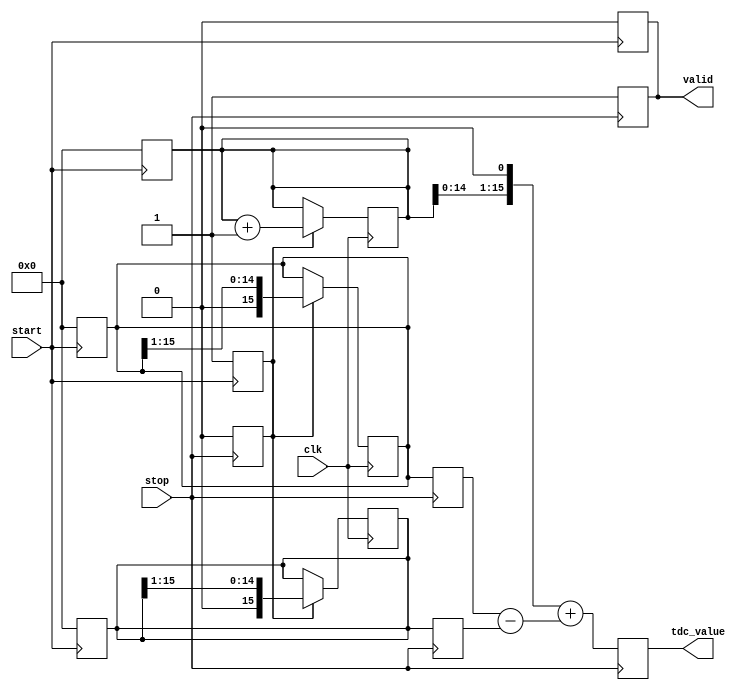
module Time_to_Digital_Converter (
    input wire clk,               // System clock
    input wire start,             // Start signal
    input wire stop,              // Stop signal
    output reg [15:0] tdc_value,  // Digital output representing time interval
    output reg valid              // Indicates valid output
);

    // Parameters for delay lines
    parameter DELAY_A = 10;      // Delay for line A
    parameter DELAY_B = 9;       // Delay for line B
    parameter NUM_STAGES = 16;   // Number of delay stages

    // Internal signals
    reg [NUM_STAGES-1:0] delay_line_a; // Delay line A states
    reg [NUM_STAGES-1:0] delay_line_b; // Delay line B states
    reg [15:0] count;             // Cycle counter
    reg measuring;                // Measuring flag
    reg [15:0] delay_count_a;     // Count for delay line A
    reg [15:0] delay_count_b;     // Count for delay line B

    // Delay lines implementation
    always @(posedge clk) begin
        if (measuring) begin
            // Increment the delay lines during measurement
            delay_line_a <= {1'b0, delay_line_a[NUM_STAGES-1:1]};
            delay_line_b <= {1'b0, delay_line_b[NUM_STAGES-1:1]};
            count <= count + 1;
        end
    end

    // Start measuring on the rising edge of the start signal
    always @(posedge start) begin
        measuring <= 1;
        valid <= 0;
        count <= 0;
        delay_line_a <= 0;
        delay_line_b <= 0;
    end

    // Stop measuring on the rising edge of the stop signal
    always @(posedge stop) begin
        measuring <= 0;
        // Sample the states of the delay lines
        delay_count_a <= delay_line_a; // Capture the state of delay line A
        delay_count_b <= delay_line_b; // Capture the state of delay line B
        
        // Calculate TDC value based on delay counts
        tdc_value <= (count << 1) + (delay_count_a - delay_count_b);
        valid <= 1; // Set valid output
    end

endmodule